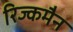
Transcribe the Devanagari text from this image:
रिज्कमैन